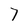
Character: 7